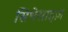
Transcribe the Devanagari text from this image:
सिथेसाइज़